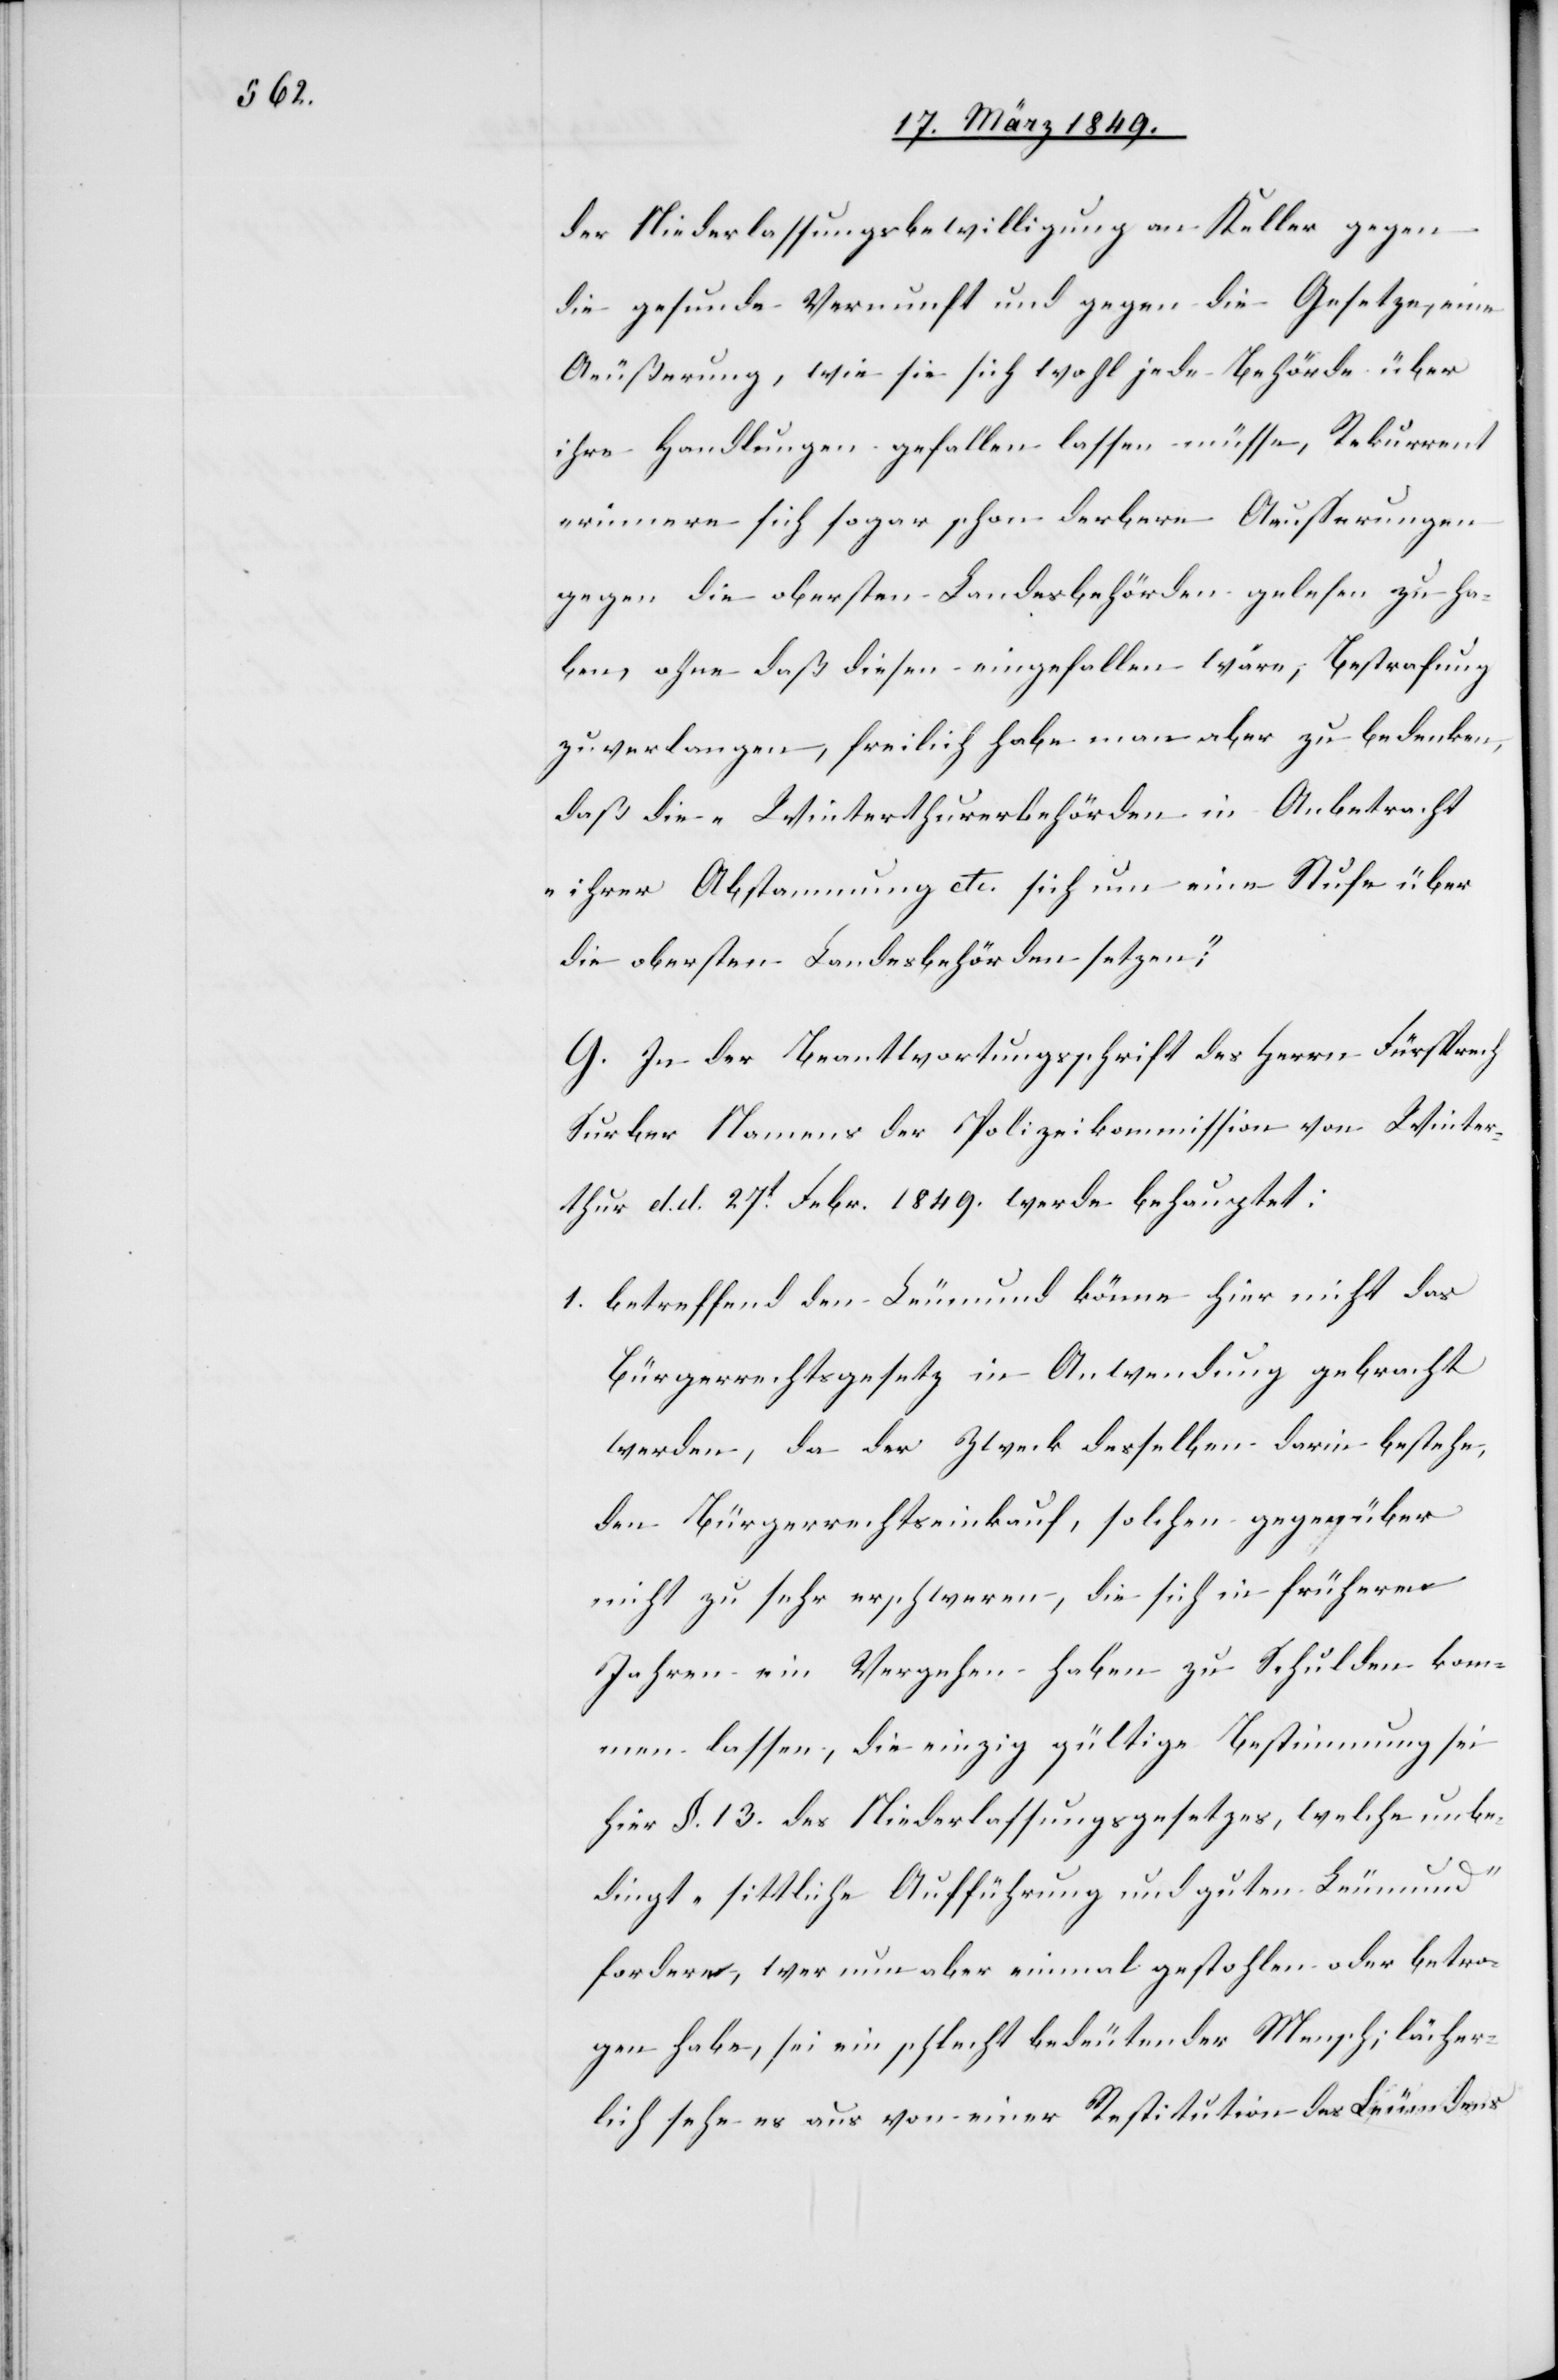
der Niederlassungsbewilligung an Keller gegen
die gesunde Vernunft und gegen die Gesetze, eine
Aeußerung, wie sie sich wohl jede Behörde über
ihre Handlungen gefallen lassen müsse, Rekurrent
erinnere sich sogar schon derbere Aeusserungen
gegen die obersten Landesbehörden gelesen zu ha¬
ben, ohne daß diesen eingefallen wäre, Bestrafung
zu verlangen, freilich habe man aber zu bedenken,
daß die „Winterthurerbehörden in Anbetracht
ihrer Abstammung etc. sich um eine Stufe über
die obersten Landesbehörden setzen“;
G. In der Beantwortungsschrift des Herrn Fürsprech
Surber Namens der Polizeikommission von Winter¬
thur d. d. 27t. Febr. 1849. werde behauptet:
1. betreffend den Leumund könne hier nicht das
Bürgerrechtsgesetz in Anwendung gebracht
werden, da der Zweck desselben darin bestehe,
den Bürgerrechtseinkauf, solchen gegenüber
nicht zu sehr zu erschweren, die sich in früheren
Jahren ein Vergehen haben zu Schulden kom¬
men lassen, die einzig gültige Bestimmung sei
hier §. 13. des Niederlassungsgesetzes, welche unbe¬
dingt „sittliche Aufführung und guten Leumund“
fordere, wer nun aber einmal gestohlen oder betro¬
gen habe, sei ein schlecht bedeutender [sic!] Mensch; lächer¬
lich sehe es aus von einer Restitution des Leumdens